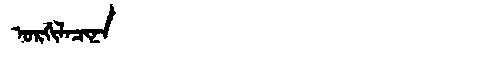
Manchu: ᠣᡵᡤᡳᠯᠠᠴᡳᠨᠠ
Romanization: ORGILACINA